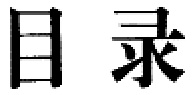
目录